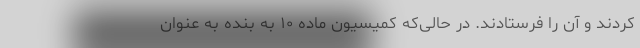
کردند و آن را فرستادند. در حالی‌که کمیسیون ماده ۱۰ به بنده به عنوان